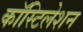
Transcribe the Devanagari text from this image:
कॉस्टिलेशन